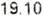
19.10